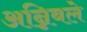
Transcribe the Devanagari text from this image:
अन्निबले